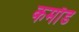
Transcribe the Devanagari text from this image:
कमाँड